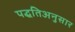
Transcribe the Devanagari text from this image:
पद्धतिअनुसार